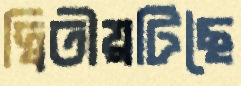
দ্বিতীয়টিছৈ